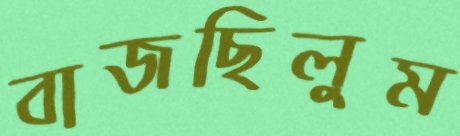
বাজছিলুম